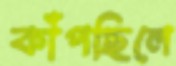
কাঁপছিলে